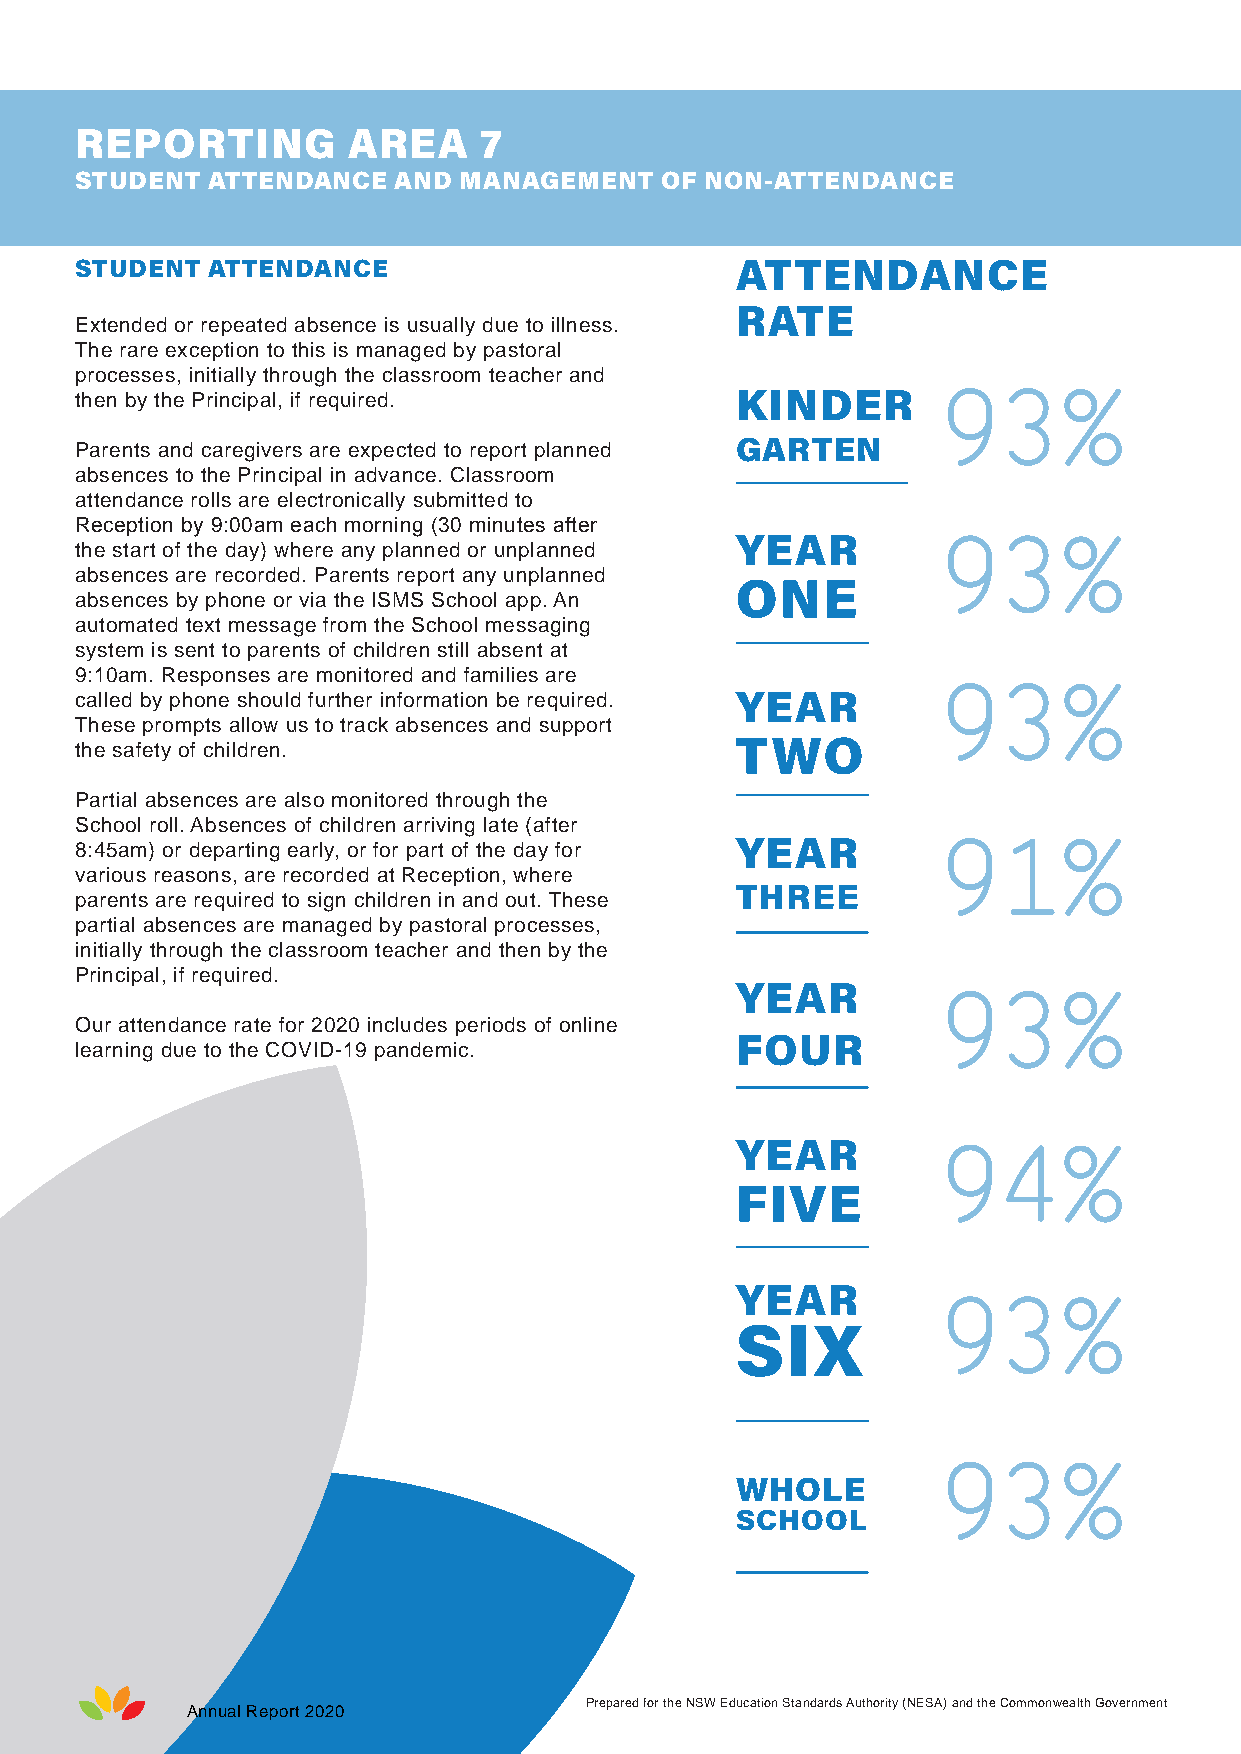
REPORTING         AREA     7
 STUDENT  ATTENDANCE  AND MANAGEMENT    OF NON-ATTENDANCE
 STUDENT  ATTENDANCE                         ATTENDANCE
 RATE
 Extended or repeated absence is usually due to illness.
 The rare exception to this is managed by pastoral
 processes, initially through the classroom teacher and
 then by the Principal, if required.         KINDER       93%
 Parents and caregivers are expected to report planned GARTEN
 absences to the Principal in advance. Classroom
 attendance rolls are electronically submitted to
 Reception by 9:00am each morning (30 minutes after
 YEAR         93%
 the start of the day) where any planned or unplanned
 absences are recorded. Parents report any unplanned
 ONE
 absences by phone or via the ISMS School app. An
 automated text message from the School messaging
 system is sent to parents of children still absent at
 9:10am. Responses are monitored and families are
 93%
 called by phone should further information be required. YEAR
 These prompts allow us to track absences and support
 TWO
 the safety of children.
 Partial absences are also monitored through the
 School roll. Absences of children arriving late (after
 8:45am) or departing early, or for part of the day for YEAR 91%
 various reasons, are recorded at Reception, where
 THREE
 parents are required to sign children in and out. These
 partial absences are managed by pastoral processes,
 initially through the classroom teacher and then by the
 Principal, if required.
 YEAR
 93%
 Our attendance rate for 2020 includes periods of online
 FOUR
 learning due to the COVID-19 pandemic.
 YEAR
 94%
 FIVE
 YEAR
 93%
 SIX
 93%
 WHOLE
 SCHOOL
 Prepared for the NSW Education Standards Authority (NESA) and the Commonwealth Government
 Annual Report 2020